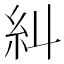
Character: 糾